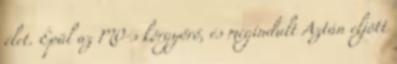
élet. Épül az M0-s körgyőrő, és megindult Aztán eljött